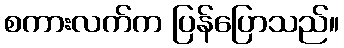
စကားလက်က ပြန်ပြောသည်။